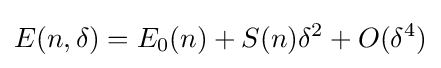
E(n,\delta )=E_{0}(n)+S(n)\delta ^{2}+O(\delta ^{4})